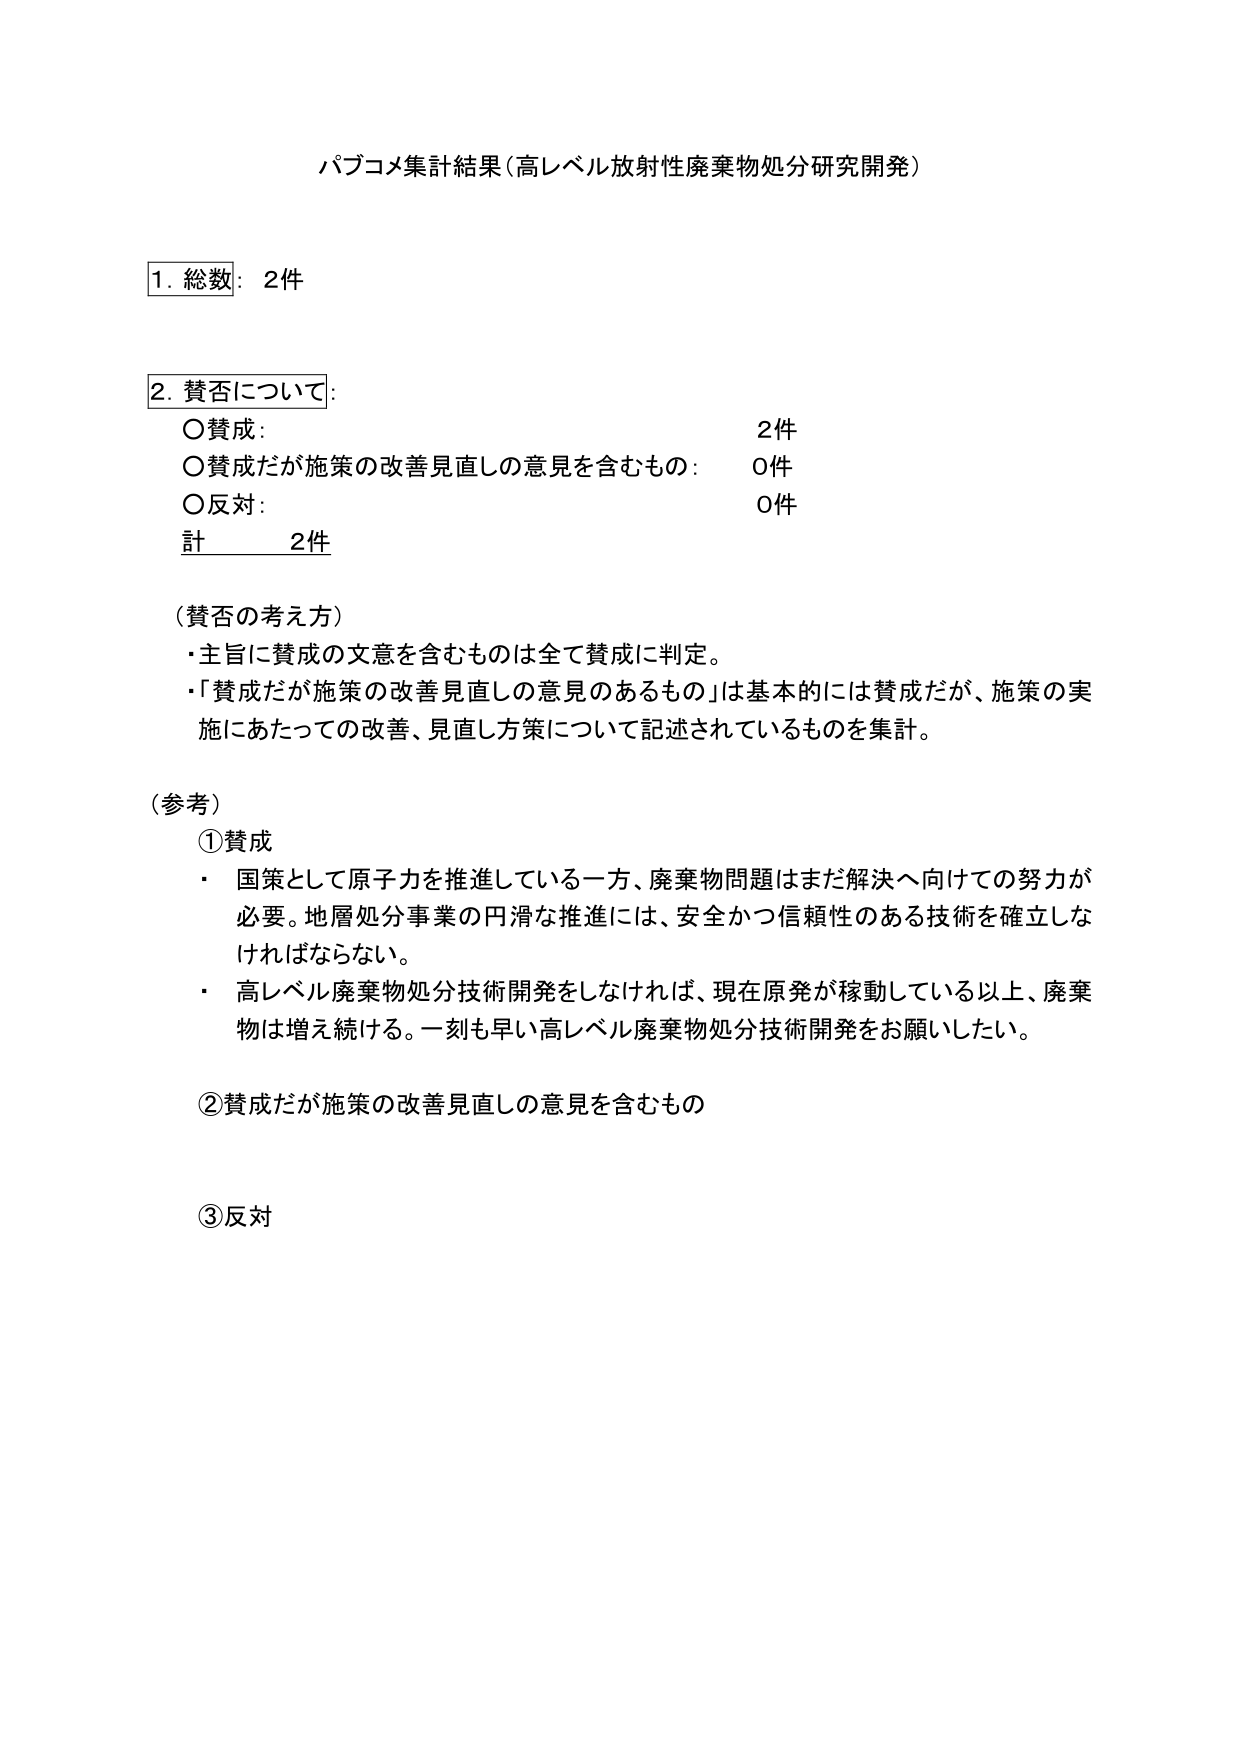
パブコメ集計結果（高レベル放射性廃棄物処分研究開発）

1. 総数：2件

2. 賛否について：
○賛成： 2件
○賛成だが施策の改善見直しの意見を含むもの： 0件
○反対： 0件
計 2件

（賛否の考え方）
・主旨に賛成の文意を含むものは全て賛成に判定。
・「賛成だが施策の改善見直しの意見のあるもの」は基本的には賛成だが、施策の実施にあたっての改善、見直し方策について記述されているものを集計。

（参考）
①賛成
・国策として原子力を推進している一方、廃棄物問題はまだ解決へ向けての努力が必要。地層処分事業の円滑な推進には、安全かつ信頼性のある技術を確立しなければならない。
・高レベル廃棄物処分技術開発をしなければ、現在原発が稼動している以上、廃棄物は増え続ける。一刻も早い高レベル廃棄物処分技術開発をお願いしたい。

②賛成だが施策の改善見直しの意見を含むもの

③反対